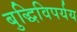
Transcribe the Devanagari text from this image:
बुद्धिविपर्यय